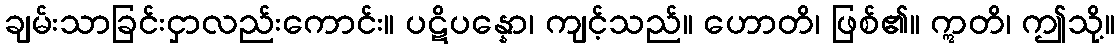
ချမ်းသာခြင်းငှာလည်းကောင်း။ ပဋိပန္နော၊ ကျင့်သည်။ ဟောတိ၊ ဖြစ်၏။ ဣတိ၊ ဤသို့။